Reports on dispensaries and lunatic asylums in the Province of Oudh - 1869-1876
Year: 1869
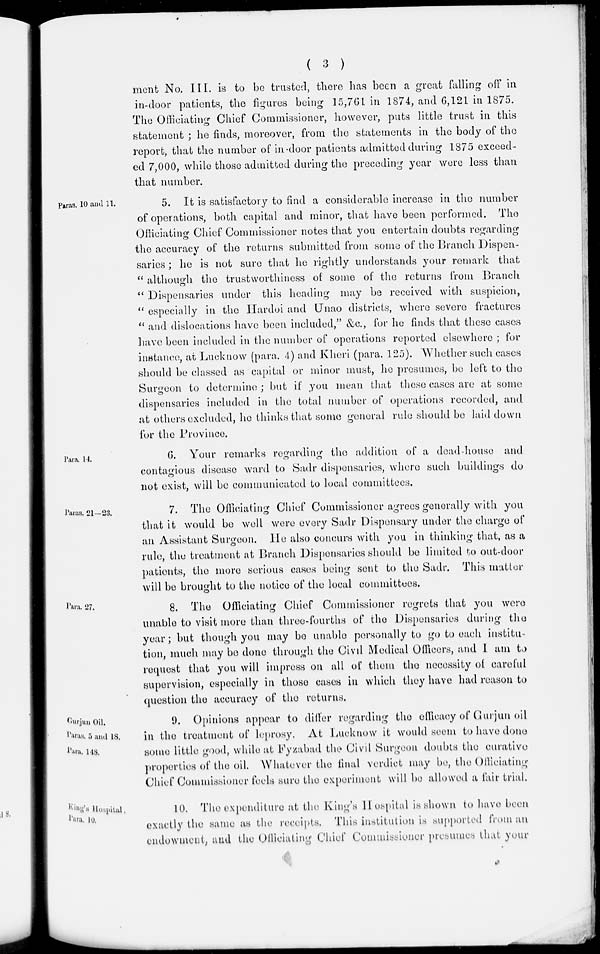
( 3 )
ment No. III. is to be trusted, there has been a great falling off in
in-door patients, the figures being 15,761 in 1874, and 6,121 in 1875.
The Officiating Chief Commissioner, however, puts little trust in this
statement; he finds, moreover, from the statements in the body of the
report, that the number of in-door patients admitted during 1875 exceed-
ed 7,000, while those admitted during the preceding year were less than
that number.
Paras. 10 and 11.
5. It is satisfactory to find a considerable increase in the number
of operations, both capital and minor, that have been performed. The
Officiating Chief Commissioner notes that you entertain doubts regarding
the accuracy of the returns submitted from some of the Branch Dispen-
saries ; he is not sure that he rightly understands your remark that
"although the trustworthiness of some of the returns from Branch
"Dispensaries under this heading may be received with suspicion,
"especially in the Hardoi and Unao districts, where severe fractures
"and dislocations have been included," &c., for he finds that these cases
have been included in the number of operations reported elsewhere; for
instance, at Lucknow (para. 4) and Kheri (para. 125). Whether such cases
should be classed as capital or minor must, he presumes, be left to the
Surgeon to determine ; but if you mean that these cases are at some
dispensaries included in the total number of operations recorded, and
at others excluded, he thinks that some general rule should be laid down
for the Province.
Para. 14.
6. Your remarks regarding the addition of a dead-house and
contagious disease ward to Sadr dispensaries, where such buildings do
not exist, will be communicated to local committees.
Paras. 21-23.
7. The Officiating Chief Commissioner agrees generally with you
that it would be well were every Sadr Dispensary under the charge of
an Assistant Surgeon. He also concurs with you in thinking that, as a
rule, the treatment at Branch Dispensaries should be limited to out-door
patients, the more serious cases being sent to the Sadr. This matter
will be brought to the notice of the local committees.
Para. 27.
8. The Officiating Chief Commissioner regrets that you were
unable to visit more than three-fourths of the Dispensaries during the
year; but though you may be unable personally to go to each institu-
tion, much may be done through the Civil Medical Officers, and I am to
request that you will impress on all of them the necessity of careful
supervision, especially in those cases in which they have had reason to
question the accuracy of the returns.
Gurjun Oil.
Paras. 5 and 18.
Para. 148.
9. Opinions appear to differ regarding the efficacy of Gurjun oil
in the treatment of leprosy. At Lucknow it would seem to have done
some little good, while at Fyzabad the Civil Surgeon doubts the curative
properties of the oil. Whatever the final verdict may be, the Officiating
Chief Commissioner feels sure the experiment will be allowed a fair trial.
King's Hospital.
Para. 10.
10. The expenditure at the King's Hospital is shown to have been
exactly the same as the receipts. This institution is supported from an
endowment, and the Officiating Chief Commissioner presumes that your